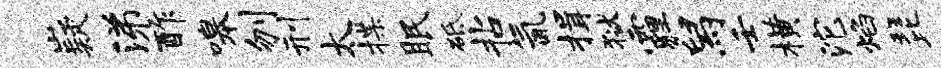
嶷涕酢嗥刎刑太揲眠砥拈氤揖狱霾舄壬横沱焰琵